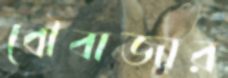
বৌবাজার